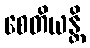
စေတိယန္တိ